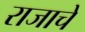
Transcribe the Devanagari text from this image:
राजाचें